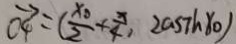
\overrightarrow { O 4 } = ( \frac { x _ { 0 } } { 2 } + \frac { x } { 4 } , 2 a S 7 h 8 0 )